Document type: Act of concord
Year: 1255
Scribe: Pere de Terme
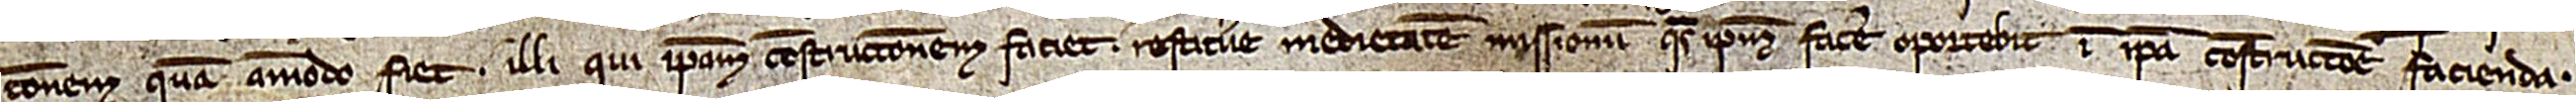
tionem quam amodo fiet, illi qui ipsam constructionem faciet restituere medietatem missionum quas ipsum facere oportebit in ipsa constructione facienda.